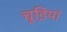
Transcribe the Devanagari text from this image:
चूडि़यां